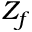
Z _ { f }